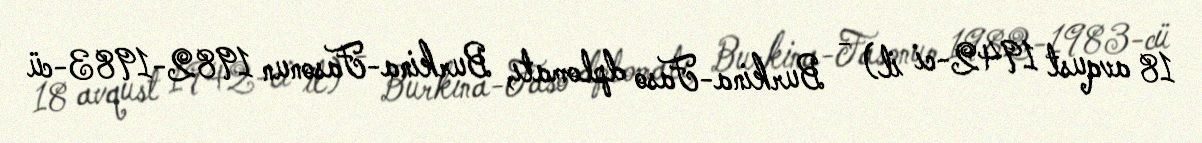
18 avqust 1942-ci il) - Burkina-Faso dplomatı, Burkina-Fasonun 1982-1983-cü